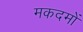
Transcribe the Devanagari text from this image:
मकदमों